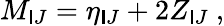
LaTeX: M_{\mathsf{I}J}=\eta_{\mathsf{I}J}+2Z_{\mathsf{I}J}\ ,